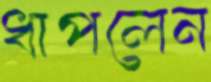
ধাপলেন